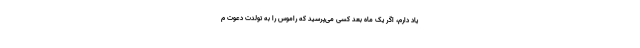
یاد دارم، اگر یک ماه بعد کسی می‌پرسید که راموس را به تولدت دعوت م